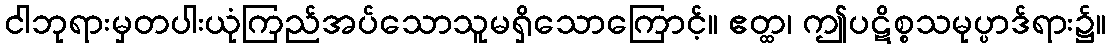
ငါဘုရားမှတပါးယုံကြည်အပ်သောသူမရှိသောကြောင့်။ ဧတ္ထ၊ ဤပဋိစ္စသမုပ္ပာဒ်ရား၌။